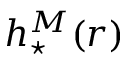
h _ { \star } ^ { M } ( r )